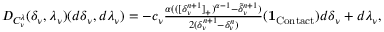
\begin{array} { r l } & { { \cal D } _ { { \cal C } _ { \nu } ^ { \lambda } } ( \delta _ { \nu } , \lambda _ { \nu } ) ( d \delta _ { \nu } , d \lambda _ { \nu } ) = - c _ { \nu } \frac { \alpha ( ( [ \delta _ { \nu } ^ { n + 1 } ] _ { + } ) ^ { \alpha - 1 } - \widetilde \delta _ { \nu } ^ { n + 1 } ) } { 2 ( \delta _ { \nu } ^ { n + 1 } - \delta _ { \nu } ^ { n } ) } ( { \mathbf 1 } _ { \mathrm { C o n t a c t } } ) d \delta _ { \nu } + d \lambda _ { \nu } , } \end{array}